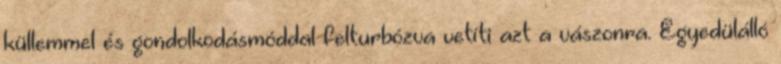
küllemmel és gondolkodásmóddal felturbózva vetíti azt a vászonra. Egyedülálló